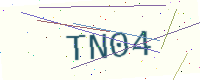
Text: TN04